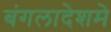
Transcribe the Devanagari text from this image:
बंगलादेशमे